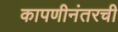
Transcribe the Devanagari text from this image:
कापणीनंतरची